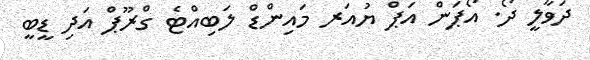
ދަވާލީ ދޯ. އޯޕަން އަޕް ޔުއަރ މައިންޑް ލަބިއްޓެ ގްރޫޕް އަދި ޑީބީ